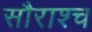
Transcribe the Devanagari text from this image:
सौराश्च